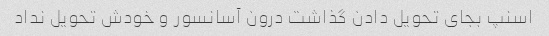
اسنپ بجای تحویل دادن گذاشت درون آسانسور و خودش تحویل نداد